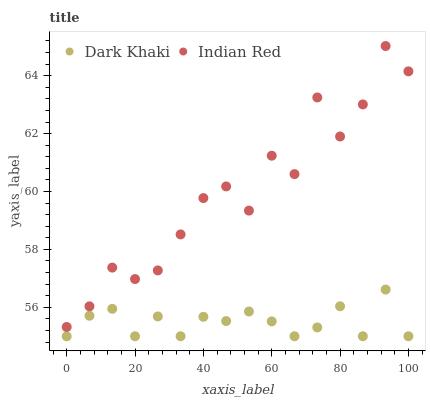
| xaxis_label | Dark Khaki | Indian Red |
 | --- | --- | --- |
 | 0 | 55 | 55.3 |
 | 6.67 | 55.7 | 56 |
 | 13.3 | 55.9 | 57.4 |
 | 20 | 55 | 57 |
 | 26.7 | 55.7 | 57.3 |
 | 33.3 | 55 | 58.5 |
 | 40 | 55.7 | 59.8 |
 | 46.7 | 55.5 | 60.2 |
 | 53.3 | 55.9 | 59.3 |
 | 60 | 55.5 | 61.2 |
 | 66.7 | 55 | 60.6 |
 | 73.3 | 55.3 | 63.2 |
 | 80 | 56 | 61.9 |
 | 86.7 | 55 | 63 |
 | 93.3 | 56.6 | 65 |
 | 100 | 55 | 64.1 |